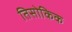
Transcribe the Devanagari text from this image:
तिसोकिक